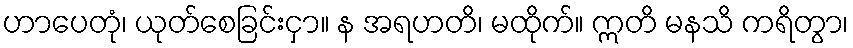
ဟာပေတုံ၊ ယုတ်စေခြင်းငှာ။ န အရဟတိ၊ မထိုက်။ ဣတိ မနသိ ကရိတွာ၊